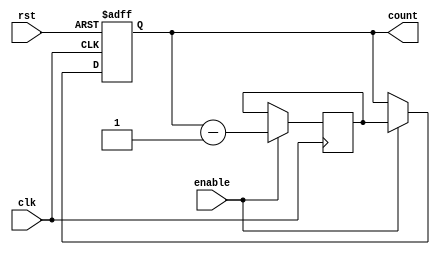
module BinaryDownCounter (
    input wire clk,
    input wire rst,
    input wire enable,
    output reg [3:0] count
);

reg [3:0] next_count;

always @(posedge clk or posedge rst) begin
    if (rst) begin
        count <= 4'b1111;
    end else if (enable) begin
        count <= next_count;
    end
end

always @(posedge clk) begin
    if (enable) begin
        next_count <= count - 1;
    end
end

endmodule